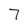
Character: 7